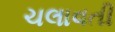
ચલાવતી